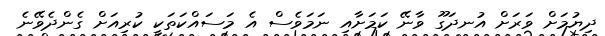
ދިޔުމަށް ވަރަށް އުނދަގޫ ވާނޭ ކަމަށާއި ނަމަވެސް އެ މަސައްކަތަކީ ކުރިއަށް ގެންދެވޭނެ